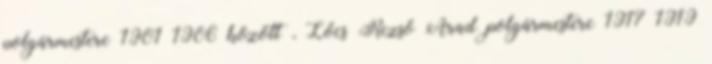
polgármestere 1901–1906 között , Lőcs Rezső Arad polgármestere 1917–1919